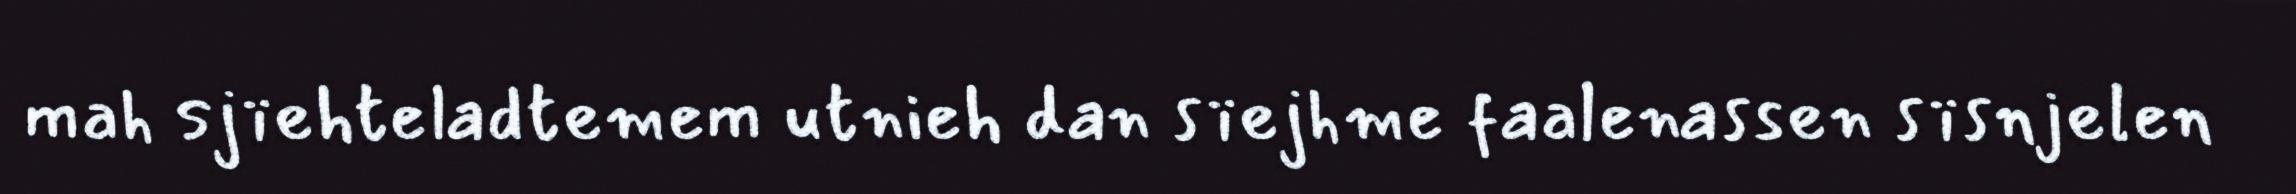
mah sjïehteladtemem utnieh dan sïejhme faalenassen sïsnjelen